Annual administration report of the Civil Veterinary Department of India - 1894-1895
Year: 1894
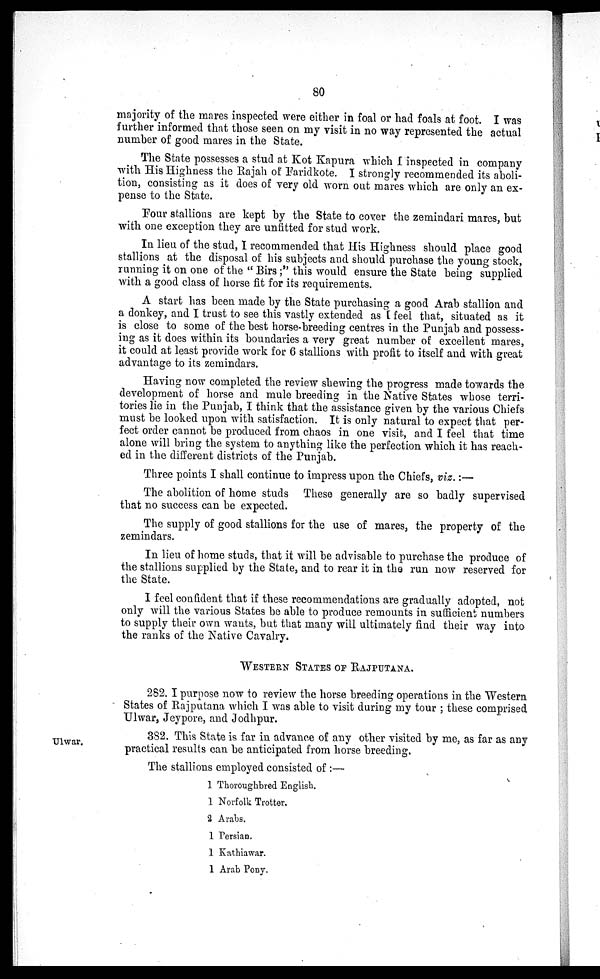
80
majority of the mares inspected were either in foal or had foals at foot. I was
further informed that those seen on my visit in no way represented the actual
number of good mares in the State.
The State possesses a stud at Kot Kapura which I inspected in company
with His Highness the Rajah of Faridkote. I strongly recommended its aboli-
tion, consisting as it does of very old worn out mares which are only an ex-
pense to the State.
Four stallions are kept by the State to cover the zemindari mares, but
with one exception they are unfitted for stud work.
In lieu of the stud, I recommended that His Highness should place good
stallions at the disposal of his subjects and should purchase the young stock,
running it on one of the "Birs;" this would ensure the State being supplied
with a good class of horse fit for its requirements.
A start has been made by the State purchasing a good Arab stallion and
a donkey, and I trust to see this vastly extended as I feel that, situated as it
is close to some of the best horse-breeding centres in the Punjab and possess-
ing as it does within its boundaries a very great number of excellent mares,
it could at least provide work for 6 stallions with profit to itself and with great
advantage to its zemindars.
Having now completed the review shewing the progress made towards the
development of horse and mule breeding in the Native States whose terri-
tories lie in the Punjab, I think that the assistance given by the various Chiefs
must be looked upon with satisfaction. It is only natural to expect that per-
fect order cannot be produced from chaos in one visit, and I feel that time
alone will bring the system to anything like the perfection which it has reach-
ed in the different districts of the Punjab.
Three points I shall continue to impress upon the Chiefs, viz.:—
The abolition of home studs These generally are so badly supervised
that no success can be expected.
The supply of good stallions for the use of mares, the property of the
zemindars.
In lieu of home studs, that it will be advisable to purchase the produce of
the stallions supplied by the State, and to rear it in the run now reserved for
the State.
I feel confident that if these recommendations are gradually adopted, not
only will the various States be able to produce remounts in sufficient numbers
to supply their own wants, but that many will ultimately find their way into
the ranks of the Native Cavalry.
WESTERN STATES OF RAJPUTANA
282. I purpose now to review the horse breeding operations in the Western
States of Rajputana which I was able to visit during my tour ; these comprised
Ulwar, Jeypore, and Jodhpur.
Ulwar.
382. This State is far in advance of any other visited by me, as far as any
practical results can be anticipated from horse breeding.
The stallions employed consisted of :—
1
1
2
1
1
1
Thoroughbred English.
Norfolk Trotter.
Arabs.
Persian.
Kathiawar.
Arab Pony.